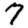
Digit: 7